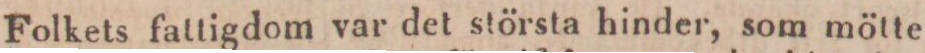
Folkets fattigdom var det största hinder, som mötte